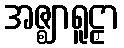
အဇ္ဈာရူဠှာ